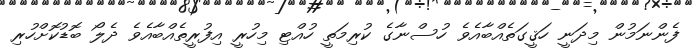
ފެންނަމުން މިދަނީ ހަޤީގަތެއްބާއެވެ ހުސްނާގެ ކުރިމަތީ ހުއްޓި މިހުރީ އިފުރީތެއްބާއެވެ ދެލޯ ބޮޑުކޮށްހުރި